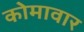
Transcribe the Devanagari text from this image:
कोमावार